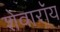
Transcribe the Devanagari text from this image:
शेवारॉय